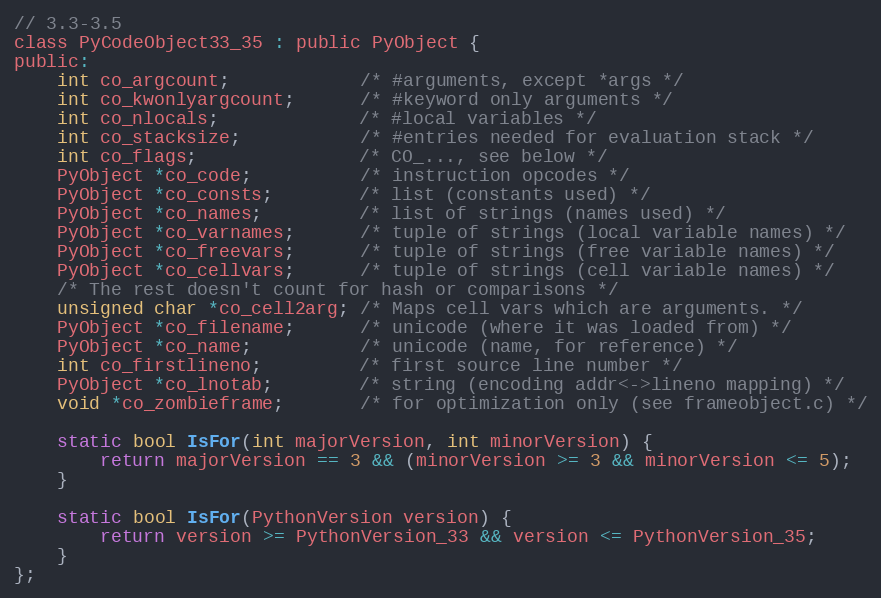
Language: C
// 3.3-3.5
class PyCodeObject33_35 : public PyObject {
public:
    int co_argcount;            /* #arguments, except *args */
    int co_kwonlyargcount;      /* #keyword only arguments */
    int co_nlocals;             /* #local variables */
    int co_stacksize;           /* #entries needed for evaluation stack */
    int co_flags;               /* CO_..., see below */
    PyObject *co_code;          /* instruction opcodes */
    PyObject *co_consts;        /* list (constants used) */
    PyObject *co_names;         /* list of strings (names used) */
    PyObject *co_varnames;      /* tuple of strings (local variable names) */
    PyObject *co_freevars;      /* tuple of strings (free variable names) */
    PyObject *co_cellvars;      /* tuple of strings (cell variable names) */
    /* The rest doesn't count for hash or comparisons */
    unsigned char *co_cell2arg; /* Maps cell vars which are arguments. */
    PyObject *co_filename;      /* unicode (where it was loaded from) */
    PyObject *co_name;          /* unicode (name, for reference) */
    int co_firstlineno;         /* first source line number */
    PyObject *co_lnotab;        /* string (encoding addr<->lineno mapping) */
    void *co_zombieframe;       /* for optimization only (see frameobject.c) */

    static bool IsFor(int majorVersion, int minorVersion) {
        return majorVersion == 3 && (minorVersion >= 3 && minorVersion <= 5);
    }

    static bool IsFor(PythonVersion version) {
        return version >= PythonVersion_33 && version <= PythonVersion_35;
    }
};